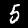
Digit: 5